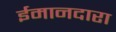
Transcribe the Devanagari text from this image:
ईमानदारा